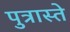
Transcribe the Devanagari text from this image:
पुत्रास्ते